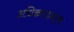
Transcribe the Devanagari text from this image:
अधिकरणमाला